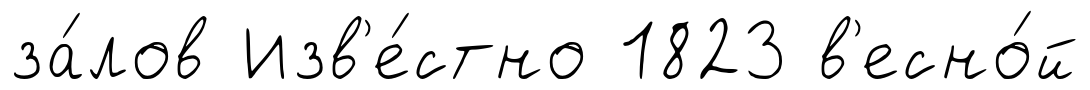
за́лов Изв'е́стно 1823 в'есно́й